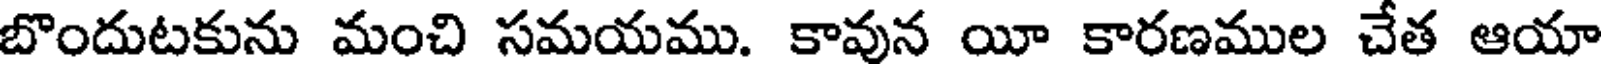
బొందుటకును మంచి సమయము. కావున యీ కారణముల చేత ఆయా